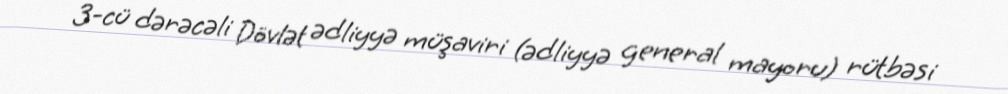
3-cü dərəcəli Dövlət ədliyyə müşaviri (ədliyyə general mayoru) rütbəsi